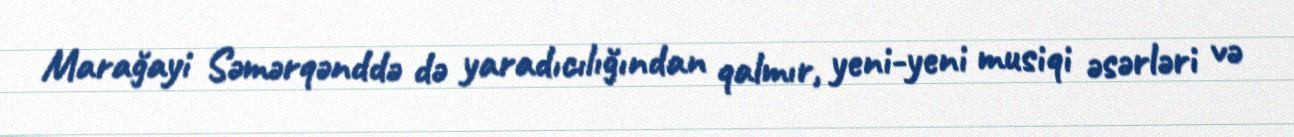
Marağayi Səmərqənddə də yaradıcılığından qalmır, yeni-yeni musiqi əsərləri və